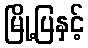
မြို့ပြနှင့်